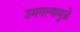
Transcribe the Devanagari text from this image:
उमगल्यामुळे